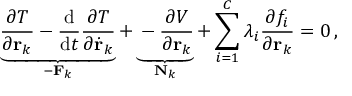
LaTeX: \underbrace { { \frac { \partial T } { \partial \mathbf { r } _ { k } } } - { \frac { \mathrm { d } } { \mathrm { d } t } } { \frac { \partial T } { \partial { \dot { \mathbf { r } } } _ { k } } } } _ { - \mathbf { F } _ { k } } + \underbrace { - { \frac { \partial V } { \partial \mathbf { r } _ { k } } } } _ { \mathbf { N } _ { k } } + \sum _ { i = 1 } ^ { C } \lambda _ { i } { \frac { \partial f _ { i } } { \partial \mathbf { r } _ { k } } } = 0 \, ,